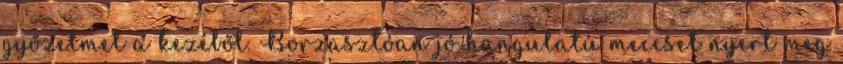
győzelmet a kezéből. Borzasztóan jó hangulatú meccset nyert meg